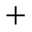
^ +